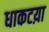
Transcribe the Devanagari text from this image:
धाकटय़ा